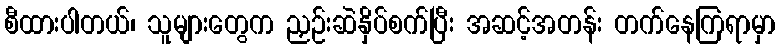
စီထားပါတယ်၊ သူများတွေက ညှဉ်းဆဲနှိပ်စက်ပြီး အဆင့်အတန်း တက်နေကြရာမှာ